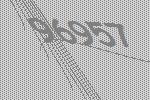
96957